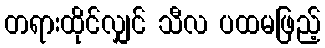
တရားထိုင်လျှင် သီလ ပထမဖြည့်